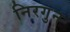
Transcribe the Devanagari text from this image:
निरगुन